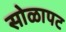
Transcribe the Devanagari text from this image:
सोळापट